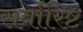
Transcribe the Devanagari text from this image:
सर्वारिष्ट